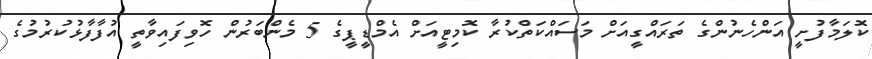
ކޮލަމާފުށީ އަންހެނުންގެ ތަރައްގީއަށް މަސައްކަތްކުރާ ކޮމިޓީއަށް އެމްޑީޕީގެ 5 މެންބަރުން ހޮވިފައިވާތީ އުފާފާޅުކުރުމުގެ